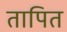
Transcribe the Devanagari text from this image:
तापित